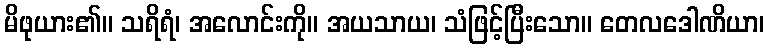
မိဖုယား၏။ သရိရံ၊ အလောင်းကို။ အယသာယ၊ သံဖြင့်ပြီးသော။ တေလဒေါဏိယာ၊